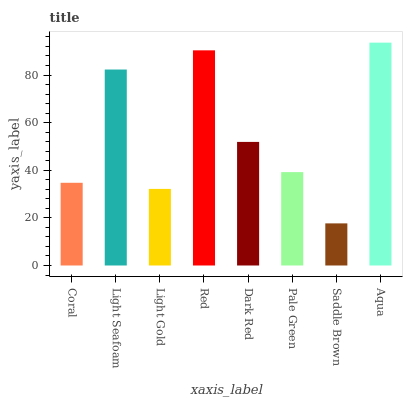
| xaxis_label | bars |
 | --- | --- |
 | Coral | 34.7 |
 | Light Seafoam | 82.3 |
 | Light Gold | 32.2 |
 | Red | 90.4 |
 | Dark Red | 51.9 |
 | Pale Green | 39.2 |
 | Saddle Brown | 17.7 |
 | Aqua | 93.6 |